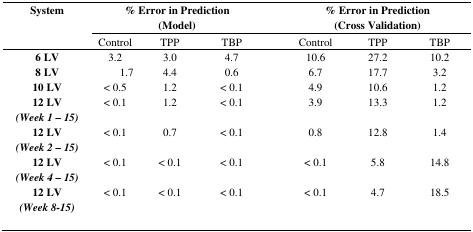
<table><thead><tr><td rowspan="2"><b>System </b></td><td colspan="3"><b>% Error in Prediction (Model)</b></td><td></td><td colspan="3"><b>% Error in Prediction (Cross Validation)</b></td></tr><tr><td><b>Control</b></td><td><b>TPP</b></td><td><b>TBP</b></td><td></td><td><b>Control</b></td><td><b>TPP</b></td><td><b>TBP</b></td></tr></thead><tbody><tr><td><b>6 LV</b></td><td>3.2</td><td>3.0</td><td>4.7</td><td></td><td>10.6</td><td>27.2</td><td>10.2</td></tr><tr><td><b>8 LV</b></td><td>1.7</td><td>4.4</td><td>0.6</td><td></td><td>6.7</td><td>17.7</td><td>3.2</td></tr><tr><td><b>10 LV</b></td><td>&lt; 0.5</td><td>1.2</td><td>&lt; 0.1</td><td></td><td>4.9</td><td>10.6</td><td>1.2</td></tr><tr><td><b>12 LV</b><b><i>(Week 1 – 15)</i></b></td><td>&lt; 0.1</td><td>1.2</td><td>&lt; 0.1</td><td></td><td>3.9</td><td>13.3</td><td>1.2</td></tr><tr><td><b>12 LV</b><b><i>(Week 2 – 15)</i></b></td><td>&lt; 0.1</td><td>0.7</td><td>&lt; 0.1</td><td></td><td>0.8</td><td>12.8</td><td>1.4</td></tr><tr><td><b>12 LV</b><b><i>(Week 4 – 15)</i></b></td><td>&lt; 0.1</td><td>&lt; 0.1</td><td>&lt; 0.1</td><td></td><td>&lt; 0.1</td><td>5.8</td><td>14.8</td></tr><tr><td><b>12 LV</b><b><i>(Week 8-15)</i></b></td><td>&lt; 0.1</td><td>&lt; 0.1</td><td>&lt; 0.1</td><td></td><td>&lt; 0.1</td><td>4.7</td><td>18.5</td></tr></tbody></table>